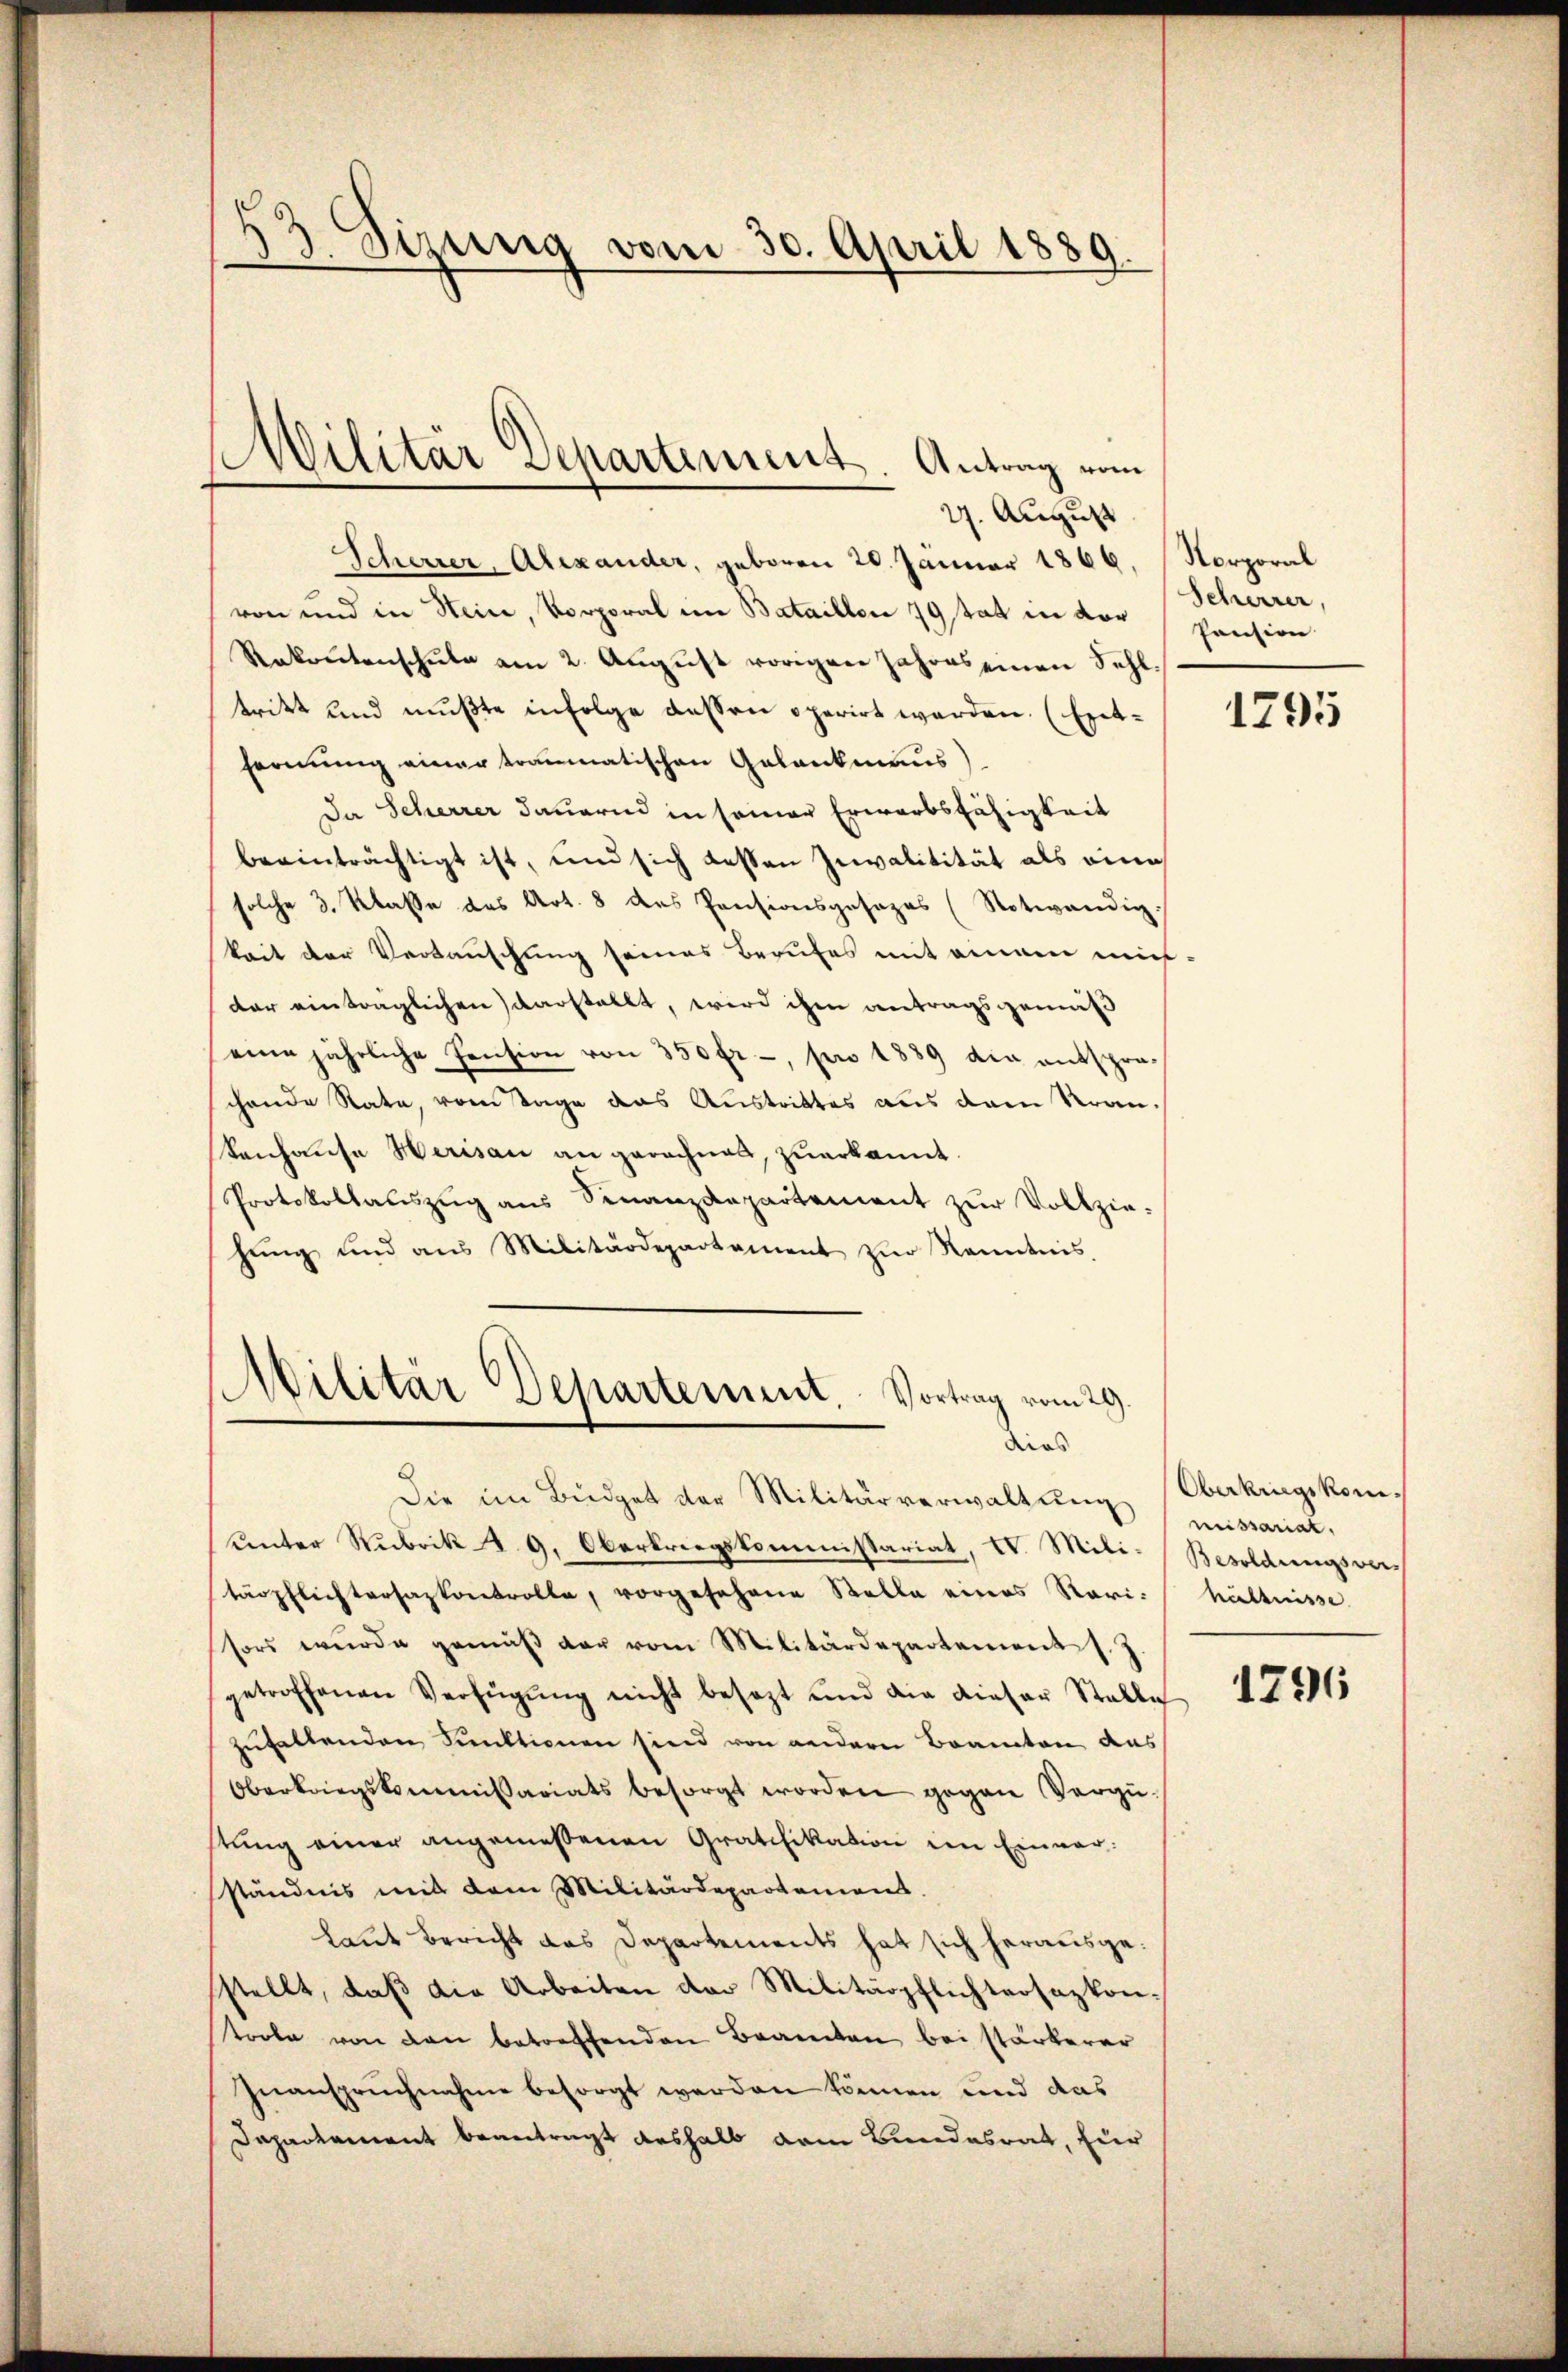
2. August
Scherrer, Alexander, geboren 20. Jänner 1866, Norporal
von und in Stein, Korporal im Bataillon 79 tat in der Parision
Stakontenschŭle am 2. Aŭgŭst vorigen Jahres einen Sehl.
tritt und mußte in Folge dessen operirt werden. (Entfernung einer traumatischen Gelankmaus)
Da Scherrer dauernd in seiner Erwarbsfähigkeit
beeinträchtigt ist, und sich dessen Invalitität als eine
solche 3. Klasse des Art. 8 des Pensionsgesezes (Notwendig.
keit der Vertauschung seines Berufes mit einem miß-
der eintraglichen darstellt, wird ihm antragsgemäß
eine jährliche Pension von 350 fr., son 1889 die entsprochende Rate, vom Tage das Austrittes aus dem Krankenhaŭse Herisau an gerechnet, zŭerkannt.
Protokollauszug aus Finanzdepartement zur Vollzie-
hŭng und ans Militärdepartament zur Kenntnis.

3. Sizung vom 30. April 1889.

Militär Departement. Antrag vom

Militär-Departement. Vortrag vom 29.
dies

Die im Büdget der Militärverwaltŭng (Oberkriegskom-
ŭnter Rubrik d. 9. Oberkriegskommissariat, I. Mili- Besoldungsver-
tärpflichtersaskontrolle, vorgesehene Stelle eines Rari-hältnisse
sors wurde gemäβ der vom Militärdepartement J. J.
getroffenen Verfügŭng nicht besezt und die dieser Stalle
zufallenden Funktionen sind von andern Beamten aus
Oberkriegskommissariats besorgt worden gegen Vergüstŭng einer angemessenen Gratifikation im Einverständnis mit dem Militärdepartement.
laut Bericht das Departements hat sich herausgestellt, daß die Arbeiten der Militärpflichtersazkontoole von den betreffenden Beamten bei stärkerer
Inanspruchnahme besorgt werden können und das
Dapadament beantragt deshalb vom Bundesrat, für

Seherrer,

1795

missariat,

1796